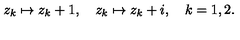
z _ { k } \mapsto z _ { k } + 1 , \quad z _ { k } \mapsto z _ { k } + i , \quad k = 1 , 2 .